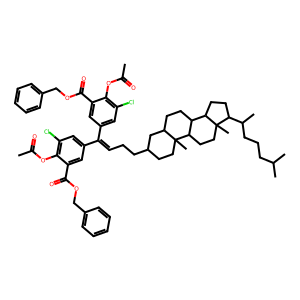
SMILES: CC(=O)Oc1c(Cl)cc(C(=CCCC2CCC3(C)C(CCC4C3CCC3(C)C(C(C)CCCC(C)C)CCC43)C2)c2cc(Cl)c(OC(C)=O)c(C(=O)OCc3ccccc3)c2)cc1C(=O)OCc1ccccc1
Inhibits HIV replication: No